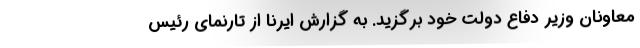
معاونان وزیر دفاع دولت خود برگزید. به گزارش ایرنا از تارنمای رئیس